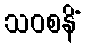
သဝစနိံ